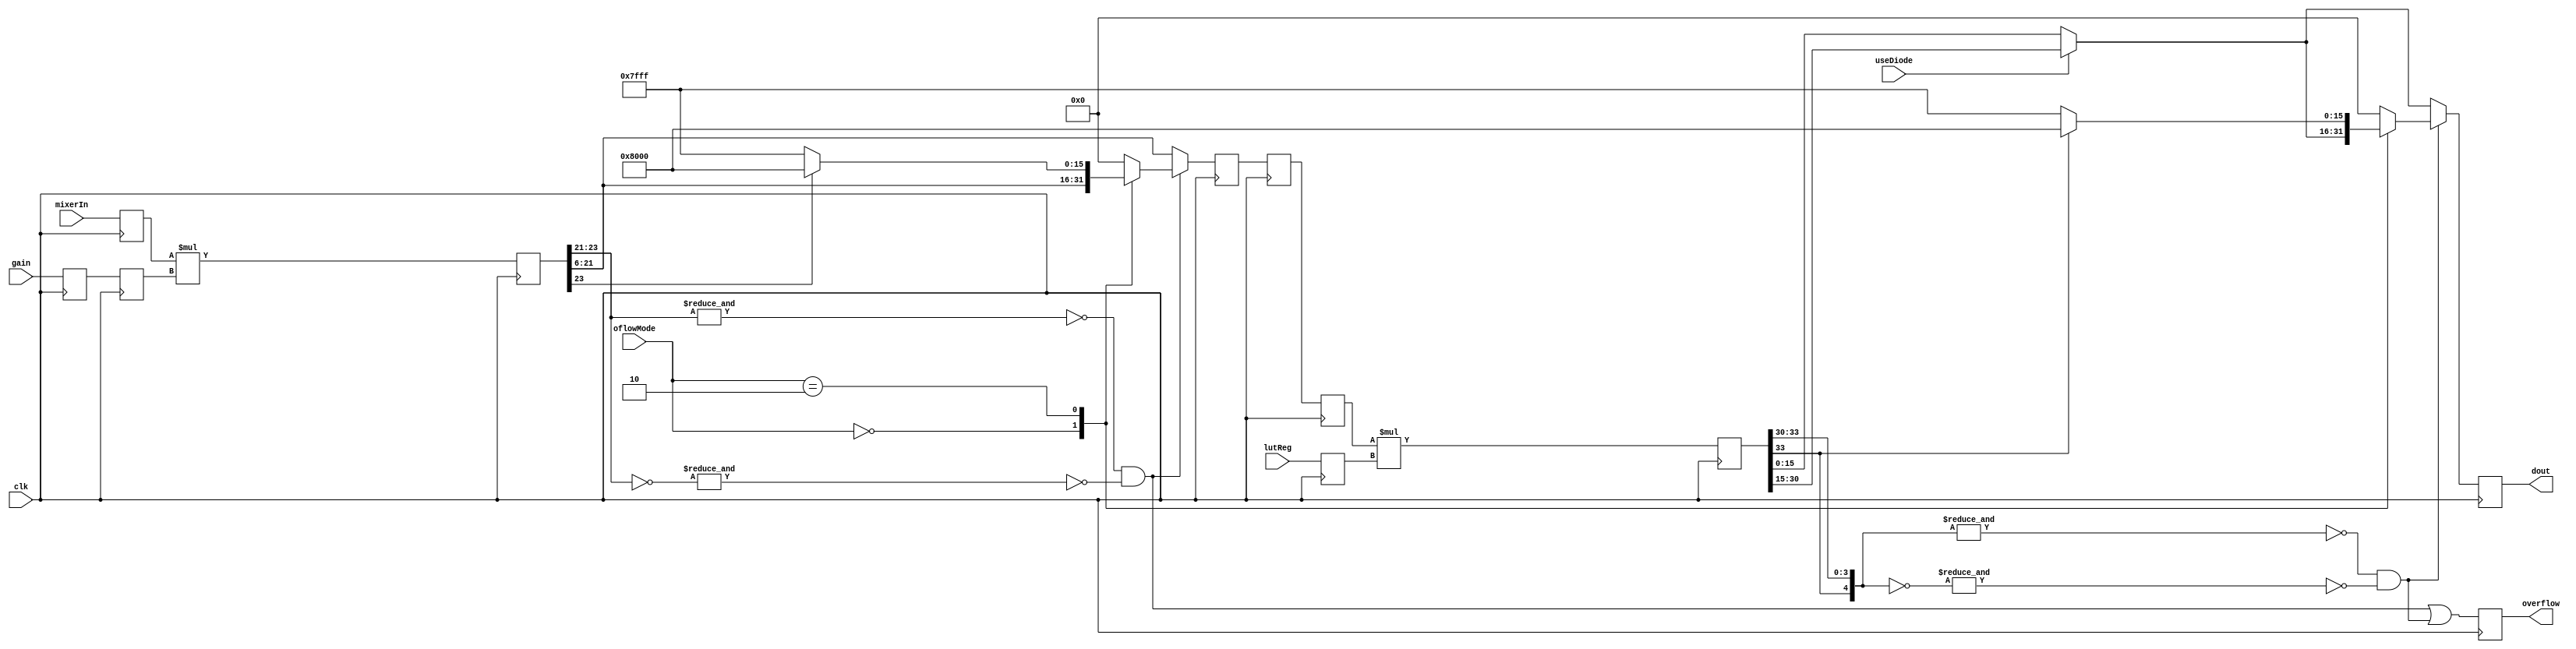
`timescale 1ns / 1ps
//////////////////////////////////////////////////////////////////////////////////
// Company: 
// Engineer: 
// 
// Design Name: 
// Module Name:    gainMult 
// Project Name: 
// Target Devices: 
// Tool versions: 
// Description: 
//
// Dependencies: 
//
// Revision: 
// Revision 0.01 - File Created
// Additional Comments: 
//
//////////////////////////////////////////////////////////////////////////////////
module normMult(
    input clk,
	 input useDiode,
	 input [1:0] oflowMode,
	 input signed [17:0] lutReg,
    input signed [15:0] mixerIn,
    //input signed [6:0] gain,
    input signed [13:0] gain,
    output reg signed [15:0] dout = 16'sd0,
    output reg overflow = 1'b0
    );

parameter GAIN_SCALE = 1; //sets the scale factor for the gain; e.g. 128 ADC cnts maps to 2048 at DAC for GAIN_SCALE = -4 //
parameter GAIN_OFFSET = 5; // maps ADC counts to DAC counts for the mid-range of the gain (i.e. 2^5 for 7-bit gain) // 7-bit gain //
parameter GAIN_MSB = 23;
parameter DIODE_SCALE = 4; // set to compensate the scale factor when using diode normalisation (eg. if diode =1000, sqrt(diode)~32, factor = 5 - 2 bits already included in LUT, -1 bit MSB)//


(* shreg_extract = "no" *) reg signed [15:0] mixerIn_reg = 16'sd0; // gainMult input register //
//(* shreg_extract = "no" *) reg signed [6:0] gain_reg = 7'sd0, gain_reg_b = 7'sd0; // 7-bit gain // gainMult input register //
(* shreg_extract = "no" *) reg signed [13:0] gain_reg = 14'sd0, gain_reg_b = 14'sd0; // 14-bit gain // gainMult input register //

//(* shreg_extract = "no" *) reg signed [13:0] gain_reg = 14'sd0; // 14-bit gain // gainMult input register //

//reg signed [GAIN_MSB:0] gainMult = 24'sd0; // GAIN_MSB+1'sd0, gainMult_a = GAIN_MSB+1'sd0, gainMult_b = GAIN_MSB+1'sd0, gainMult_c = GAIN_MSB+1'sd0; // 7-bit gain //
//reg signed [GAIN_MSB:0] gainMult = GAIN_MSB+1'sd0, gainMult_a = GAIN_MSB+1'sd0, gainMult_b = GAIN_MSB+1'sd0, gainMult_c = GAIN_MSB+1'sd0; // 7-bit gain //
reg signed [GAIN_MSB:0] gainMult = 31'sd0; // 14-bit gain //

wire gain_oflowDet = (~&gainMult[GAIN_MSB:GAIN_OFFSET+GAIN_SCALE+15] && ~&(~gainMult[GAIN_MSB:GAIN_OFFSET+GAIN_SCALE+15]));

(* equivalent_register_removal = "no", shreg_extract = "no" *) reg signed [17:0] lutReg_b = 18'sd0;
//(* shreg_extract = "no" *) reg signed [17:0] lutReg_c = 18'sd0; // normMult input register
(* shreg_extract = "no" *) reg signed [34:0] normMult = 35'sd0;//, normMult_reg = 35'sd0;
(* keep = "yes", shreg_extract = "no" *) reg signed [15:0] multReg = 16'sd0;//, multReg_b = 16'sd0;//, multReg_c = 16'sd0;
//(* shreg_extract = "no" *) reg signed [15:0] multReg = 16'sd0;//, multReg_b = 16'sd0;//, multReg_c = 16'sd0;

(* shreg_extract = "no" *) reg signed [15:0] multReg_b = 16'sd0;
(* shreg_extract = "no" *) reg signed [15:0] multReg_c = 16'sd0;


wire norm_oflowDet = (~&normMult[34:34-DIODE_SCALE] && ~&(~normMult[34:34-DIODE_SCALE]));
//wire [15:0] multReg;

always @(posedge clk) begin
	mixerIn_reg <= mixerIn; //mult input reg
	gain_reg <= gain; //mult input reg
	gain_reg_b <= gain_reg; // to stop tools packing synchroniser into DSP48 (NB "keep" atribute should also do the trick ...)
	//overflow <= gain_oflowDet || norm_oflowDet;
	gainMult <= (mixerIn_reg * gain_reg_b);
	//gainMult_a <= gainMult;
	//gainMult_b <= gainMult_a;
	//gainMult_c <= gainMult_b;
	if (gain_oflowDet) begin
		case (oflowMode)
		2'b00: multReg <= gainMult[GAIN_OFFSET+GAIN_SCALE+15:GAIN_OFFSET+GAIN_SCALE]; // do nothing - ignore overflow //
		2'b01: multReg <= 16'sd0; // kill output //
		2'b10: multReg <= (gainMult[GAIN_MSB]) ? -16'sd32768 : 16'sd32767; // saturate output //
		default: multReg <= 16'sd0;
		endcase 
	end else multReg <= gainMult[GAIN_OFFSET+GAIN_SCALE+15:GAIN_OFFSET+GAIN_SCALE];
end


//wire oflowDet;
//gainMult #(GAIN_SCALE, GAIN_OFFSET, GAIN_MSB) gainMult(clk, oflowMode, mixerIn, gain, multReg, oflowDet);

	
always @(posedge clk) begin	
	overflow <= gain_oflowDet || norm_oflowDet;
	//lutReg_b <= (useDiode) ? lutReg : {17'sd0, |lutReg}; //mult input reg
	//lutReg_c <= lutReg_b;
	multReg_b <= multReg;
	multReg_c <= multReg_b;
	lutReg_b <= lutReg;
	//if (useDiode) normMult <= (multReg_b * lutReg_b);
	//else normMult <= (multReg_b * |lutReg_b);
	normMult <= (multReg_c * lutReg_b);
	//if (useDiode) normMult <= (multReg * lutReg);
	//else normMult <= (multReg * |lutReg);
	//normMult_reg <= normMult;
	if (norm_oflowDet) begin
		case (oflowMode)
		2'b00: dout <= (useDiode) ? normMult[34-DIODE_SCALE:34-DIODE_SCALE-15] : normMult[15:0]; // do nothing - ignore overflow //
		2'b01: dout <= 16'sd0; // kill output //
		2'b10: dout <= (normMult[34]) ? -16'sd32768 : 16'sd32767; // saturate output //
		default: dout <= 16'sd0;
		endcase 
	end else dout <= (useDiode) ? normMult[34-DIODE_SCALE:34-DIODE_SCALE-15] : normMult[15:0];
	//dout <= (useDiode) ? normMult[34-DIODE_SCALE:34-DIODE_SCALE-15] : normMult[15:0];
end

endmodule